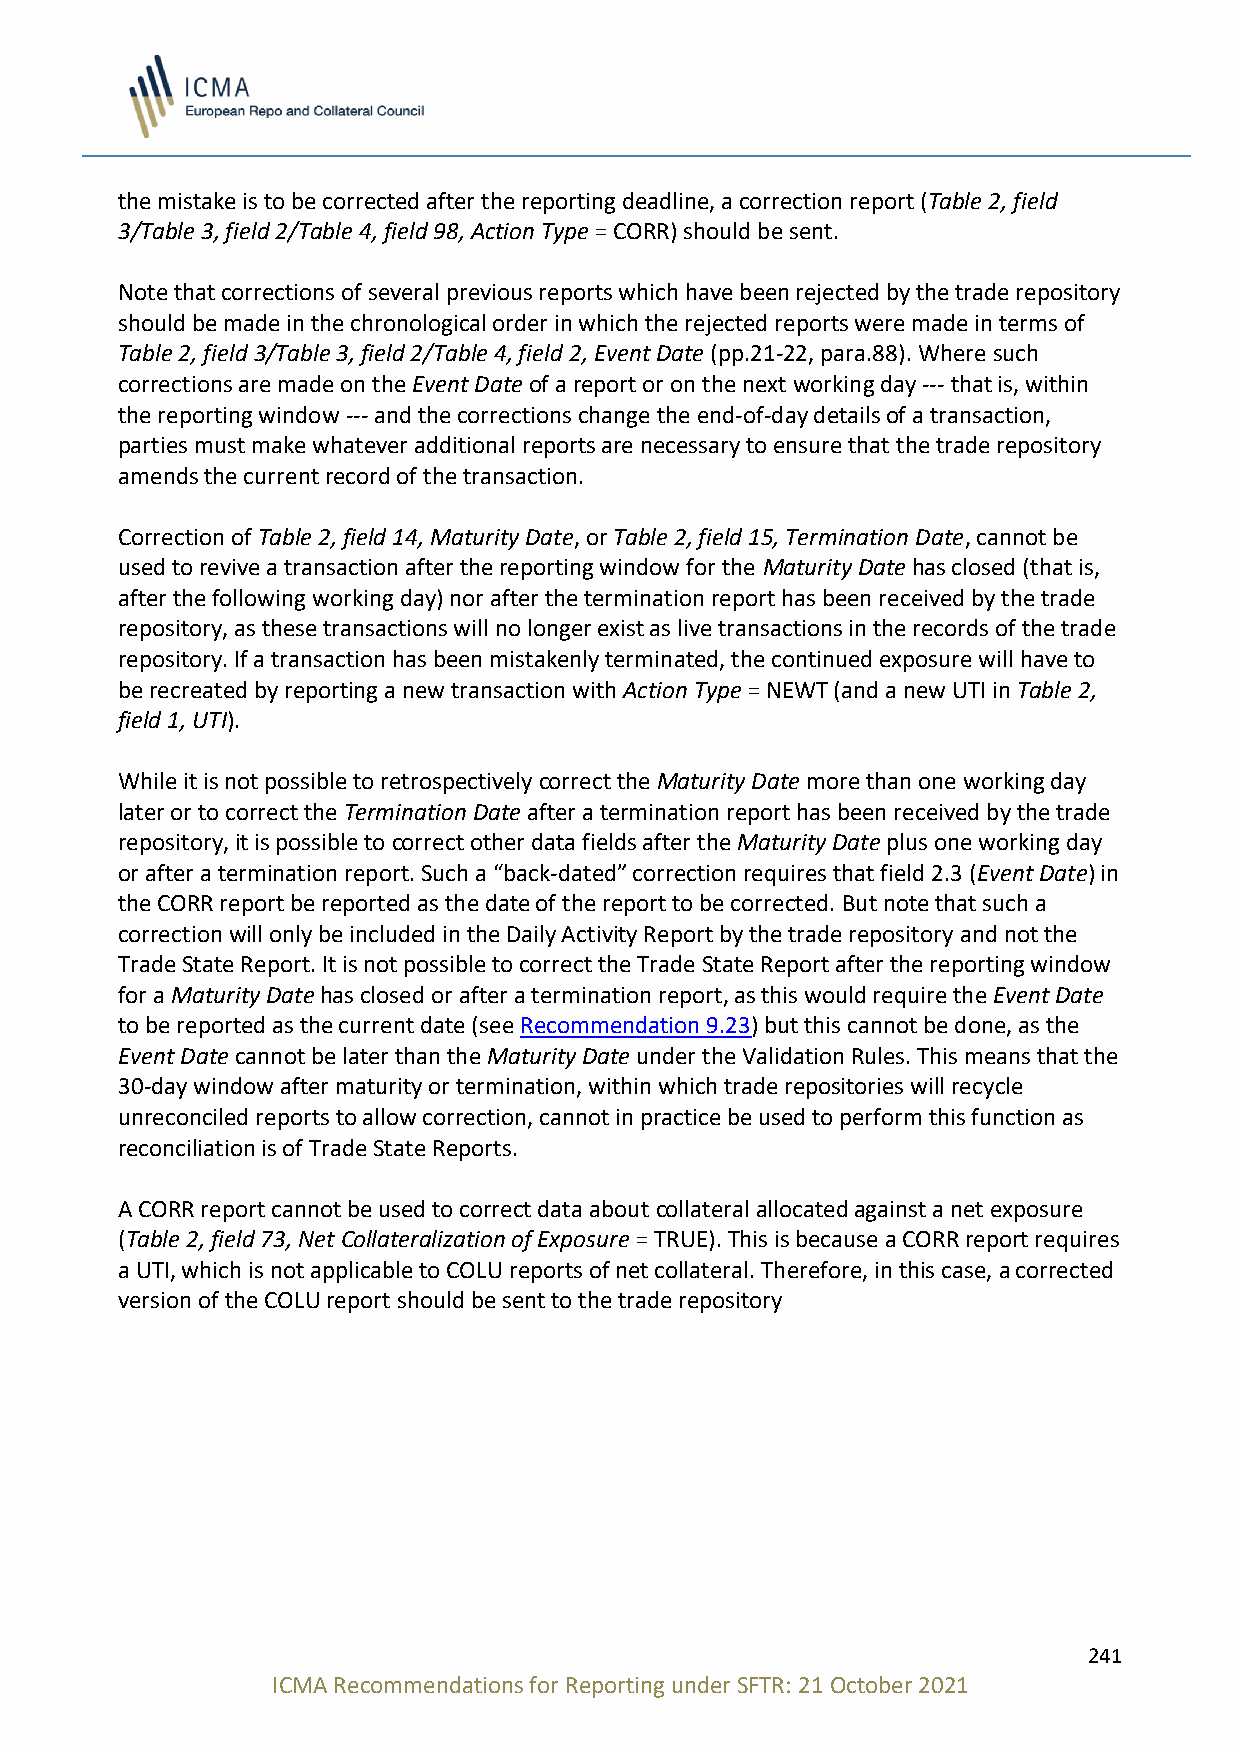
the mistake is to be corrected after the reporting deadline, a correction report (Table 2, field
 3/Table 3, field 2/Table 4, field 98, Action Type = CORR) should be sent.
 Note that corrections of several previous reports which have been rejected by the trade repository
 should be made in the chronological order in which the rejected reports were made in terms of
 Table 2, field 3/Table 3, field 2/Table 4, field 2, Event Date (pp.21-22, para.88). Where such
 corrections are made on the Event Date of a report or on the next working day --- that is, within
 the reporting window --- and the corrections change the end-of-day details of a transaction,
 parties must make whatever additional reports are necessary to ensure that the trade repository
 amends the current record of the transaction.
 Correction of Table 2, field 14, Maturity Date, or Table 2, field 15, Termination Date, cannot be
 used to revive a transaction after the reporting window for the Maturity Date has closed (that is,
 after the following working day) nor after the termination report has been received by the trade
 repository, as these transactions will no longer exist as live transactions in the records of the trade
 repository. If a transaction has been mistakenly terminated, the continued exposure will have to
 be recreated by reporting a new transaction with Action Type = NEWT (and a new UTI in Table 2,
 field 1, UTI).
 While it is not possible to retrospectively correct the Maturity Date more than one working day
 later or to correct the Termination Date after a termination report has been received by the trade
 repository, it is possible to correct other data fields after the Maturity Date plus one working day
 or after a termination report. Such a “back-dated” correction requires that field 2.3 (Event Date) in
 the CORR report be reported as the date of the report to be corrected. But note that such a
 correction will only be included in the Daily Activity Report by the trade repository and not the
 Trade State Report. It is not possible to correct the Trade State Report after the reporting window
 for a Maturity Date has closed or after a termination report, as this would require the Event Date
 to be reported as the current date (see Recommendation 9.23) but this cannot be done, as the
 Event Date cannot be later than the Maturity Date under the Validation Rules. This means that the
 30-day window after maturity or termination, within which trade repositories will recycle
 unreconciled reports to allow correction, cannot in practice be used to perform this function as
 reconciliation is of Trade State Reports.
 A CORR report cannot be used to correct data about collateral allocated against a net exposure
 (Table 2, field 73, Net Collateralization of Exposure = TRUE). This is because a CORR report requires
 a UTI, which is not applicable to COLU reports of net collateral. Therefore, in this case, a corrected
 version of the COLU report should be sent to the trade repository
 241
 ICMA Recommendations for Reporting under SFTR: 21 October 2021